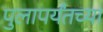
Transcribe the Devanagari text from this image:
पुलापर्यंतच्या